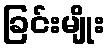
ခြင်းမျိုး